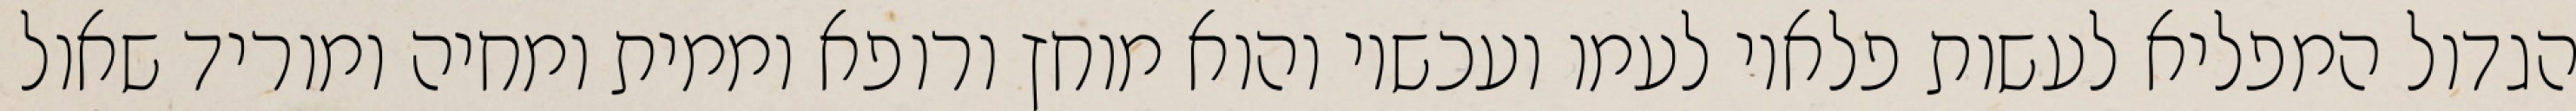
הגדול המפליא לעשות פלאיו לעמו ועכשיו והוא מוחץ ורופא וממית ומחיה ומוריד שאול